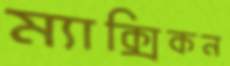
ম্যাক্সিকন